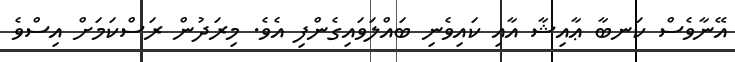
އޭނާވެސް ކަނބާ ޢާއިޝާ އާއި ކައިވެނި ބައްލަވައިގެންފި އެވެ. މިރަދުން ރަސްކަމަށް އިސްވެ